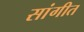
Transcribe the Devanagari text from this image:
सांगीत